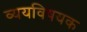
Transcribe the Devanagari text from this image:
व्ययविषयक